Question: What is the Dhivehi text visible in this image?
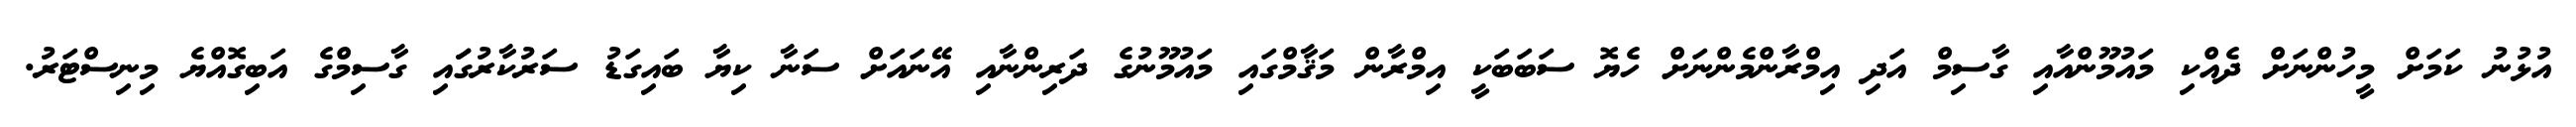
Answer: އުޅުނު ކަމަށް މީހުންނަށް ދެއްކި މައުމޫންއާއި ގާސިމް އަދި އިމްރާންމެންނަށް ހެޔޮ ސަބަބަކީ އިމްރާން މަޤާމްގައި މައުމޫނުގެ ދަރިންނާއި އޭނައަށް ސަނާ ކިޔާ ބައިގަޑު ސަރުކާރުގަައި ގާސިމްގެ އަބިގޮއްޔެ މިނިސްޓަރު.